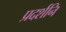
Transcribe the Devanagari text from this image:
प्रदर्शनि